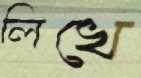
লিখে